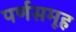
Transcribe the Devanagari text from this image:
पर्णसमूह